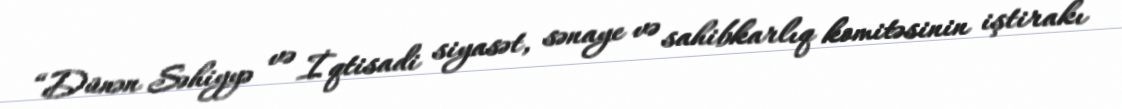
“Dünən Səhiyyə və İqtisadi siyasət, sənaye və sahibkarlıq komitəsinin iştirakı